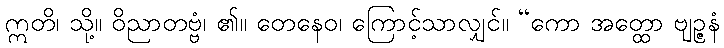
ဣတိ၊ သို့။ ဝိညာတဗ္ဗံ၊ ၏။ တေနေဝ၊ ကြောင့်သာလျှင်။ “ကော အတ္ထော ဗျဉ္ဇနံ